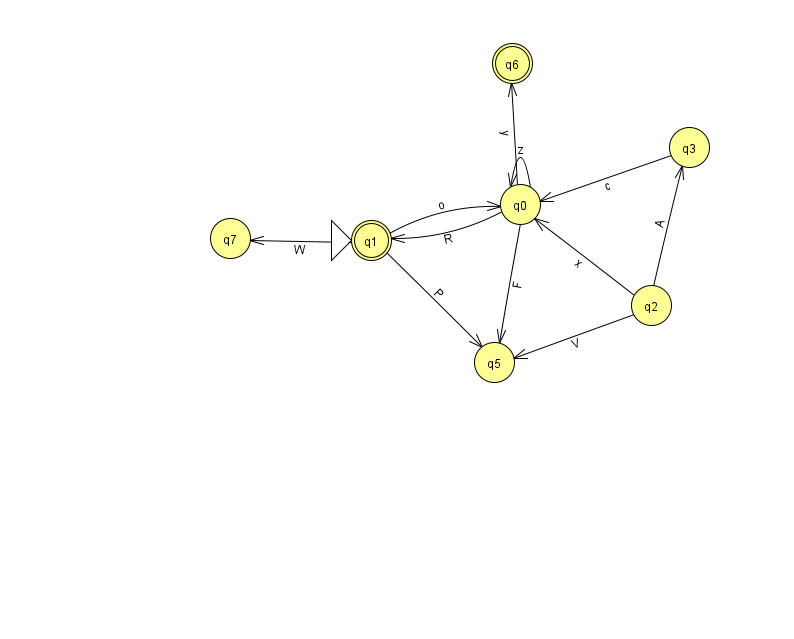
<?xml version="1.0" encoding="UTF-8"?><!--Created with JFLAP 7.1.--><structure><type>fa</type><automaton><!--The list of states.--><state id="0" name="q0"><x>520.0</x><y>191.0</y></state><state id="1" name="q1"><x>371.0</x><y>227.0</y><initial/><final/></state><state id="2" name="q2"><x>651.0</x><y>292.0</y></state><state id="3" name="q3"><x>689.0</x><y>134.0</y></state><state id="5" name="q5"><x>494.0</x><y>349.0</y></state><state id="6" name="q6"><x>512.0</x><y>50.0</y><final/></state><state id="7" name="q7"><x>230.0</x><y>225.0</y></state><!--The list of transitions.--><transition><from>2</from><to>0</to><read>x</read></transition><transition><from>0</from><to>6</to><read>y</read></transition><transition><from>1</from><to>0</to><read>o</read></transition><transition><from>2</from><to>3</to><read>A</read></transition><transition><from>2</from><to>5</to><read>V</read></transition><transition><from>1</from><to>5</to><read>P</read></transition><transition><from>0</from><to>0</to><read>z</read></transition><transition><from>1</from><to>7</to><read>W</read></transition><transition><from>0</from><to>5</to><read>F</read></transition><transition><from>0</from><to>1</to><read>R</read></transition><transition><from>3</from><to>0</to><read>c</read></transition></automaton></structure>